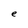
Character: e